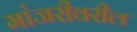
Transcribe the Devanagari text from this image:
मांजरीवरील